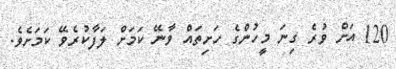
120 އަށް ވުރެ ގިނަ މީހުންގެ ހަށިތައް ވާނޭ ކަމަށް ލަފާކުރެވޭ ކަމަށެވެ.